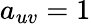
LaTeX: a_{uv}=1